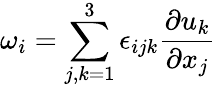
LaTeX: \omega_{i}=\sum_{j,k=1}^{3}\epsilon_{ijk}\frac{\partial u_{k}}{\partial x_{j}}